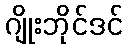
ဂျိုးဘိုင်ဒင်